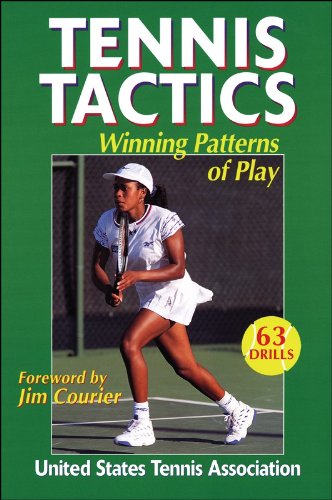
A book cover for Tennis Tactics: Winning Patterns of Play; United States Tennis Association; Sports & Outdoors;